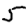
Digit: 5